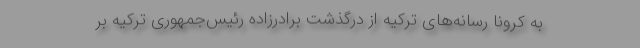
به کرونا رسانه‌های ترکیه از درگذشت برادر‌زاده رئیس‌جمهوری ترکیه بر